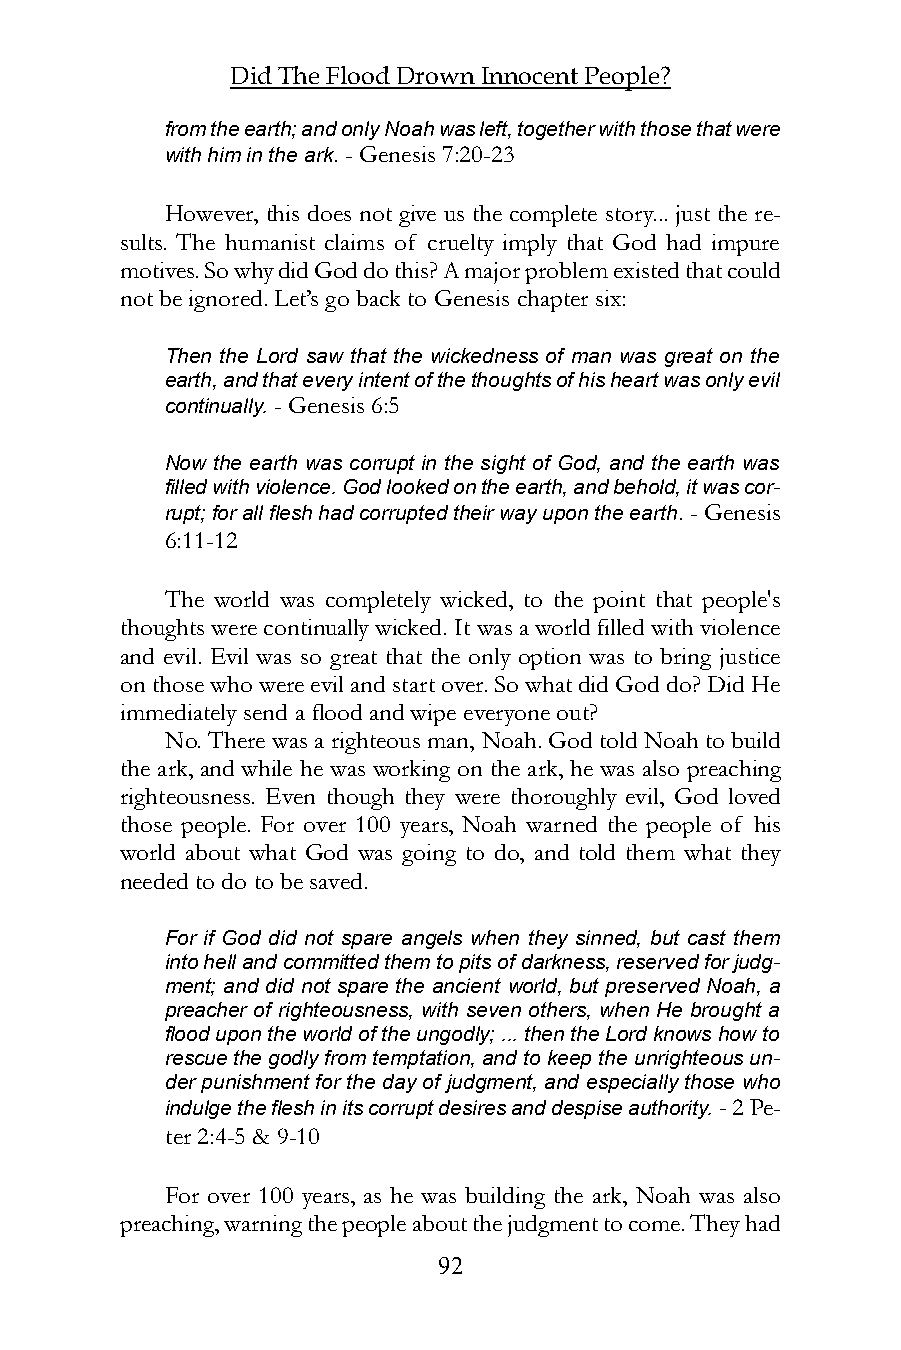
Did The Flood Drown Innocent People?
 from the earth; and only Noah was left, together with those that were
 with him in the ark. - Genesis 7:20-23
 However, this does not give us the complete story... just the re-
 sults. The humanist claims of cruelty imply that God had impure
 motives. So why did God do this? A major problem existed that could
 not be ignored. Let’s go back to Genesis chapter six:
 Then the Lord saw that the wickedness of man was great on the
 earth, and that every intent of the thoughts of his heart was only evil
 continually. - Genesis 6:5
 Now the earth was corrupt in the sight of God, and the earth was
 filled with violence. God looked on the earth, and behold, it was cor-
 rupt; for all flesh had corrupted their way upon the earth. - Genesis
 6:11-12
 The world was completely wicked, to the point that people's
 thoughts were continually wicked. It was a world filled with violence
 and evil. Evil was so great that the only option was to bring justice
 on those who were evil and start over. So what did God do? Did He
 immediately send a flood and wipe everyone out?
 No. There was a righteous man, Noah. God told Noah to build
 the ark, and while he was working on the ark, he was also preaching
 righteousness. Even though they were thoroughly evil, God loved
 those people. For over 100 years, Noah warned the people of his
 world about what God was going to do, and told them what they
 needed to do to be saved.
 For if God did not spare angels when they sinned, but cast them
 into hell and committed them to pits of darkness, reserved for judg-
 ment; and did not spare the ancient world, but preserved Noah, a
 preacher of righteousness, with seven others, when He brought a
 flood upon the world of the ungodly; ... then the Lord knows how to
 rescue the godly from temptation, and to keep the unrighteous un-
 der punishment for the day of judgment, and especially those who
 indulge the flesh in its corrupt desires and despise authority. - 2 Pe-
 ter 2:4-5 & 9-10
 For over 100 years, as he was building the ark, Noah was also
 preaching, warning the people about the judgment to come. They had
 92